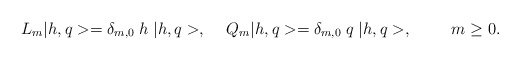
\begin{align*}L_{m} |h,q> = \delta_{m,0}\;h\; |h,q>, \hspace{0.5cm}Q_{m} |h,q> = \delta_{m,0}\;q\; |h,q>, \hspace{1.0cm}m\geq 0.\end{align*}